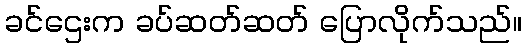
ခင်ဌေးက ခပ်ဆတ်ဆတ် ပြောလိုက်သည်။